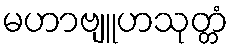
မဟာဗျူဟသုတ္တံ